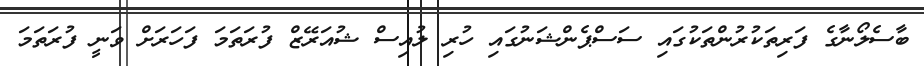
ބާސެލޯނާގެ ފަރިތަކުރުންތަކުގައި ސަސްޕެންޝަނުގައި ހުރި ލުއިސް ޝުއަރޭޒް ފުރަތަމަ ފަހަރަށް ވަނީ ފުރަތަމަ